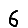
Digit: 6